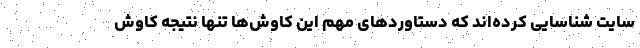
سایت شناسایی کرده‌اند که دستاوردهای مهم این کاوش‌ها تنها نتیجه کاوش